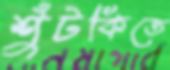
শুঁটকিতে